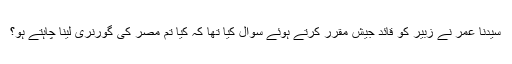
سیدنا عمر نے زبیر کو قائد جیش مقرر کرتے ہوئے سوال کیا تھا کہ کیا تم مصر کی گورنری لینا چاہتے ہو؟